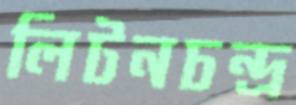
লিটনচন্দ্র